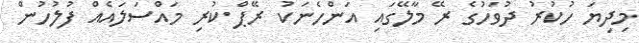
މިދިޔަ ހުކުރު ދުވަހުގެ ރޭ މާލޭގައި އަންހެނަކު ރޭޕް ކުރި މައްސަލައެއް ފުލުހުން